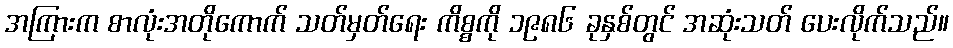
အကြားက စာလုံးအတိုကောက် သတ်မှတ်ရေး ကိစ္စကို ၁၉၈၆ ခုနှစ်တွင် အဆုံးသတ် ပေးလိုက်သည်။